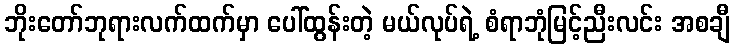
ဘိုးတော်ဘုရားလက်ထက်မှာ ပေါ်ထွန်းတဲ့ မယ်လုပ်ရဲ့ စံရာဘုံမြင့်ညီးလင်း အစချီ